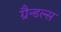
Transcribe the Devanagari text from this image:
ग्रैन्डल्स